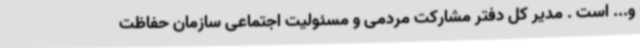
و... است . مدیر کل دفتر مشارکت مردمی و مسئولیت اجتماعی سازمان حفاظت